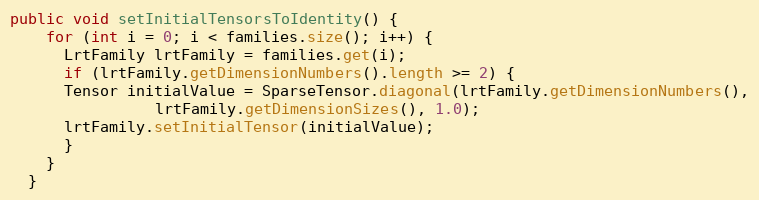
Language: Java
public void setInitialTensorsToIdentity() {
    for (int i = 0; i < families.size(); i++) {
      LrtFamily lrtFamily = families.get(i);
      if (lrtFamily.getDimensionNumbers().length >= 2) {
	  Tensor initialValue = SparseTensor.diagonal(lrtFamily.getDimensionNumbers(),
				lrtFamily.getDimensionSizes(), 1.0);
	  lrtFamily.setInitialTensor(initialValue);
      }
    }
  }